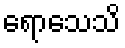
ရောသေသိ